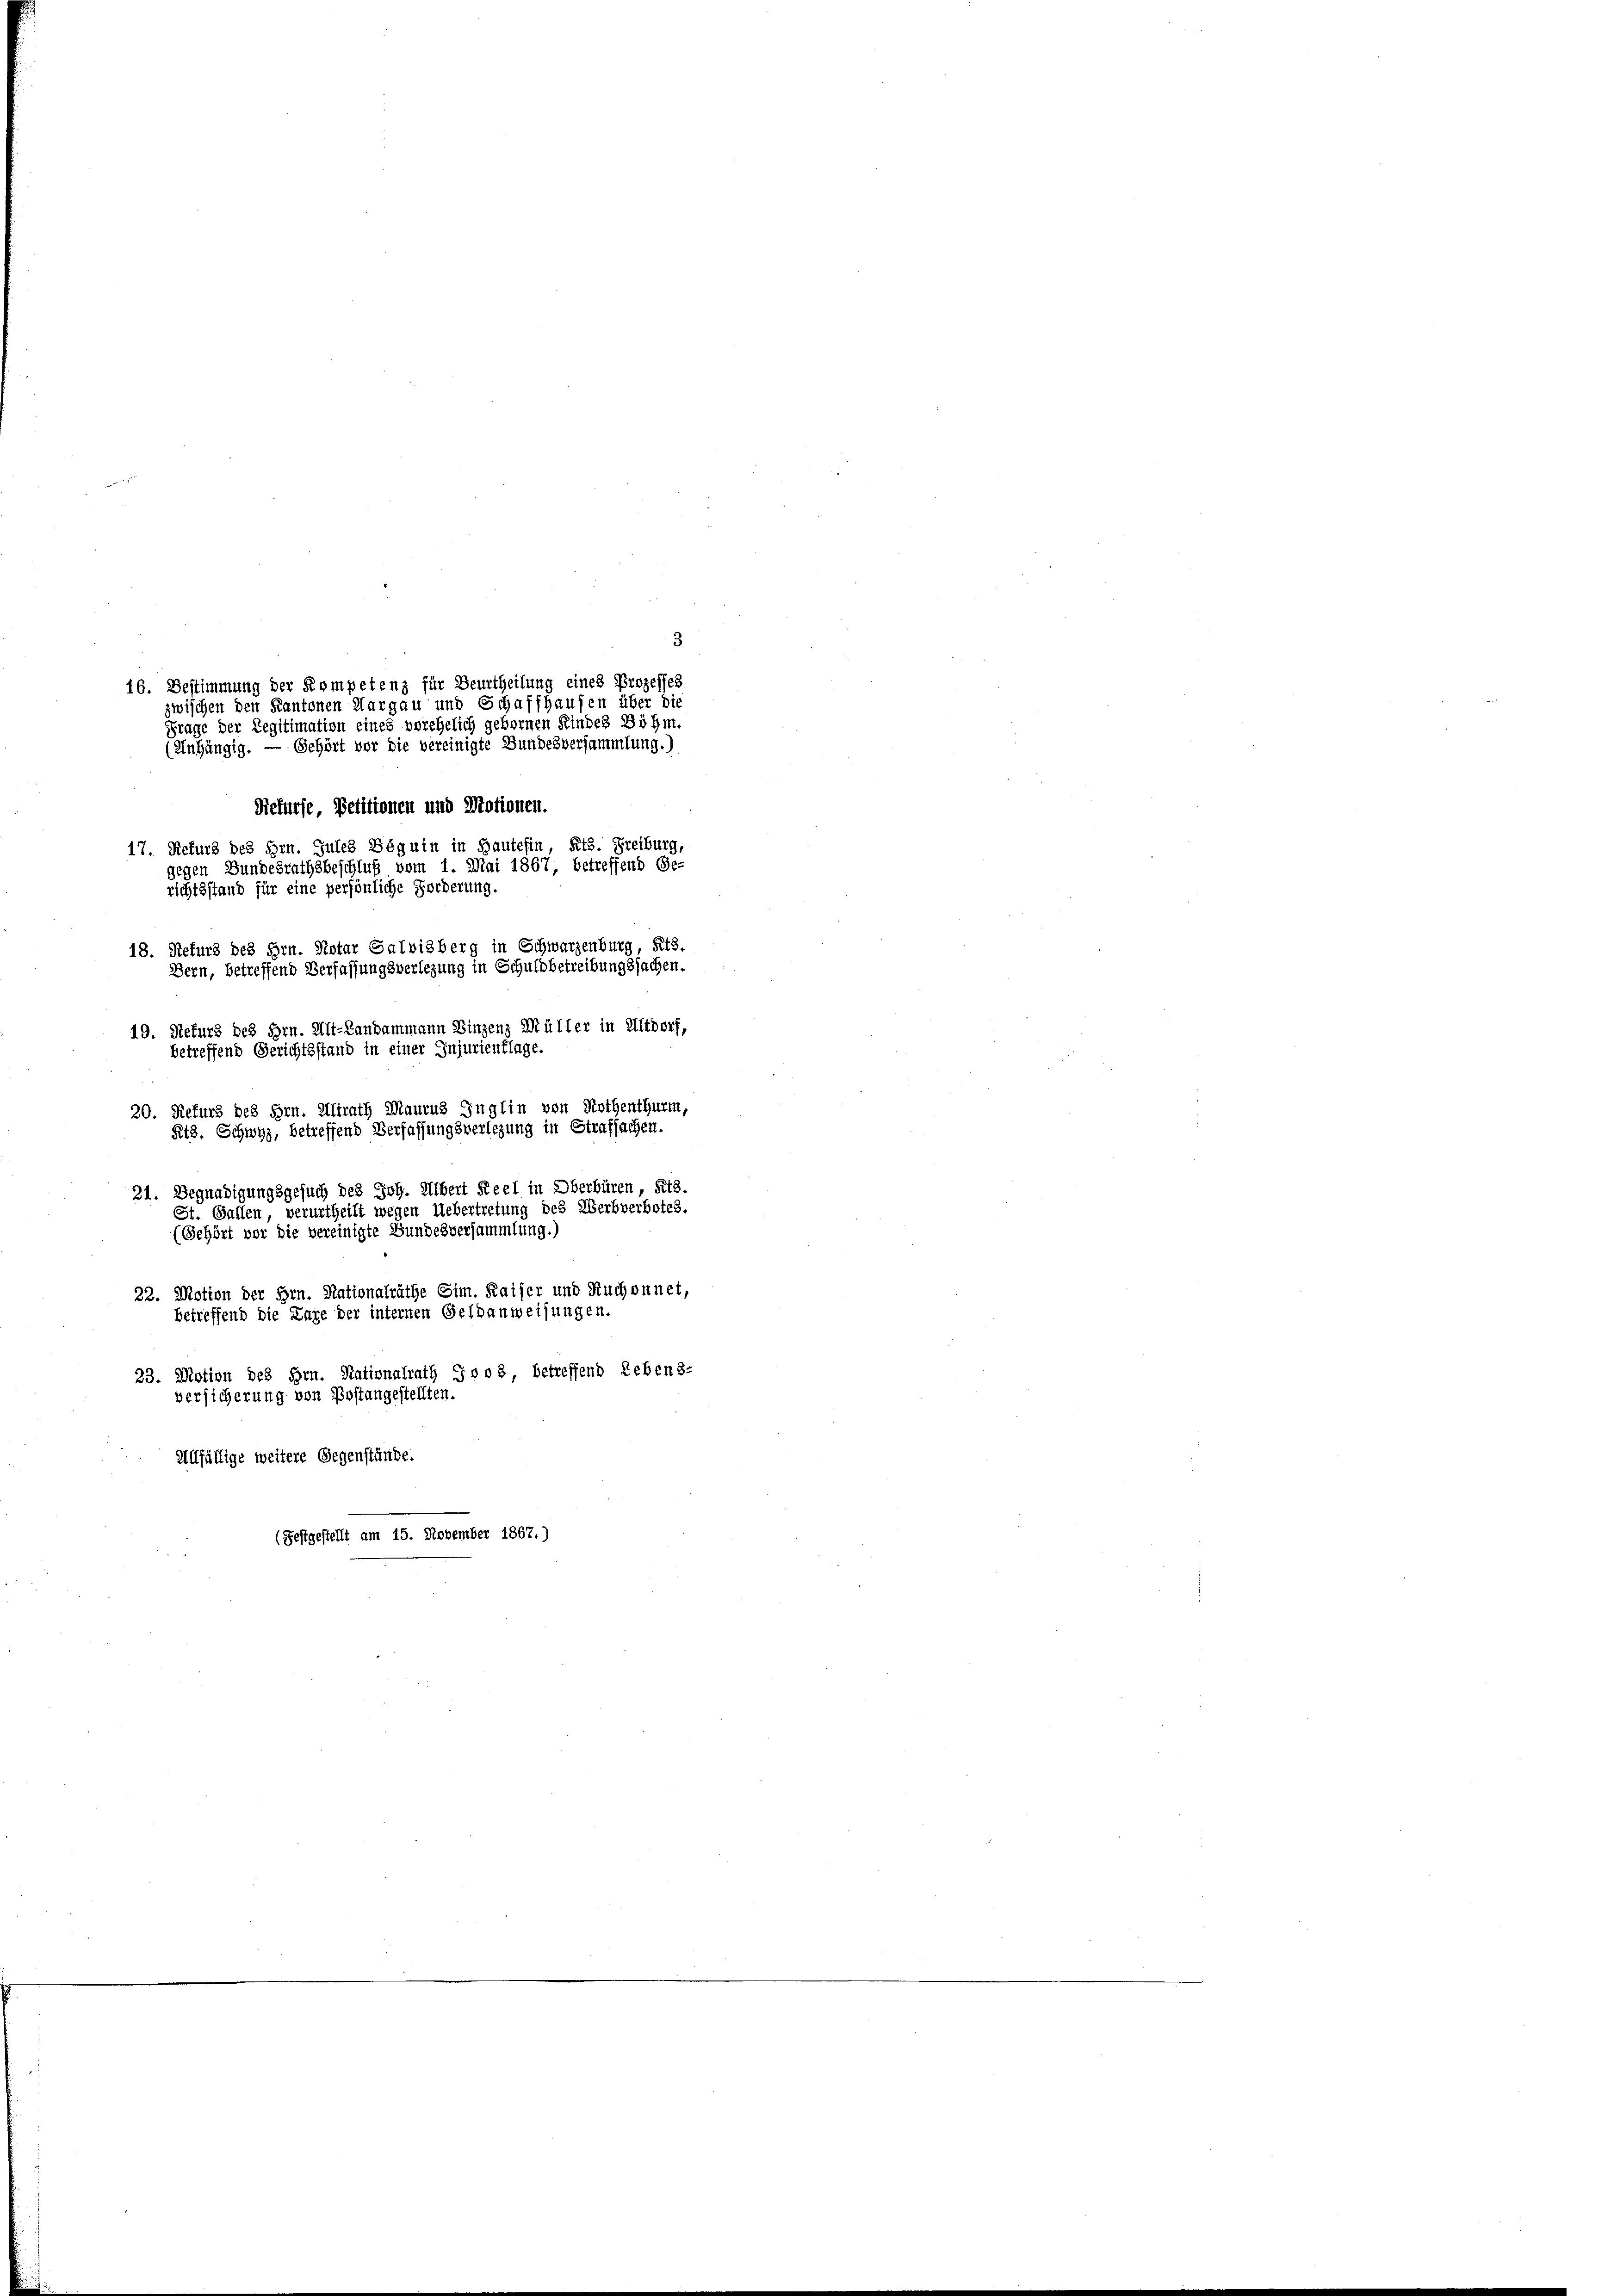
3
16. Bestimmung der Kompetenz für Beurtheilung eines Prozesses
zwischen den Kantonen Aargau und Schaffhausen über die
Frage der Legitimation eines vorehelich gebornen Kindes Böhm.
(Anhängig. — Gehört vor die vereinigte Bundesversammlung.)
17. Refurg des Hrn. Jules Beguin in Baute fin, Kts. Freiburg,
gegen Bundesrathsbeschluß vom 1. Mai 1867, betreffend Ge-
richtsstand für eine persönliche Forderung.
18. Refurs des Hrn. Notar Galvisberg in Schwarzenburg, Kts.
Bern, betreffend Verfassungsverlegung in Schuldbetreibungssachen.
19. Rekurs des Hrn. Alt-Landammann Binzenz Müller in Altdorf,
betreffend Gerichtsstand in einer Injurienflage.

20. Refurs des Hrn. Alirath Maurus Inglin von Rothenthurm,
Petz. Schwyz, betreffend Verfassungsverlegung in Strafsachen.
21. Begnadigungsgesuch des Joh. Albert Reel in Oberbüren, Kts.
St. Gallen, verurtheilt wegen Uebertretung des Werbverbotes.
(Gehört vor die vereinigte Bundesversammlung.)

22. Motion der Hrn. Stationalräthe Sim. Kaiser und Ruchonnet,
betreffend die Lage der internen Geldanweisungen.
23. Motion des Hrn. Rationalrath J vo 3, betreffend Lebens-
versicherung von Postangestellten.

Rekurse, Petitionen und Motionen.

Allfällige weitere Gegenstände.
(Festgestellt am 15. November 1867.)